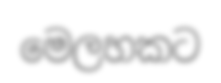
මෙලහකට